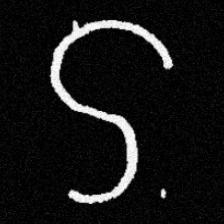
Pyu character \u2014 Myanmar letter: ဌ (romanized: ttha)